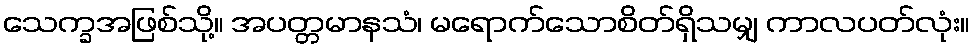
သေက္ခအဖြစ်သို့။ အပတ္တမာနသံ၊ မရောက်သောစိတ်ရှိသမျှ ကာလပတ်လုံး။